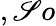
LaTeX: ,\mathscr{S}o